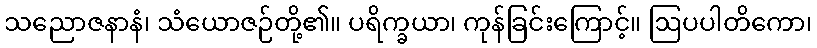
သညောဇနာနံ၊ သံယောဇဉ်တို့၏။ ပရိက္ခယာ၊ ကုန်ခြင်းကြောင့်။ ဩပပါတိကော၊